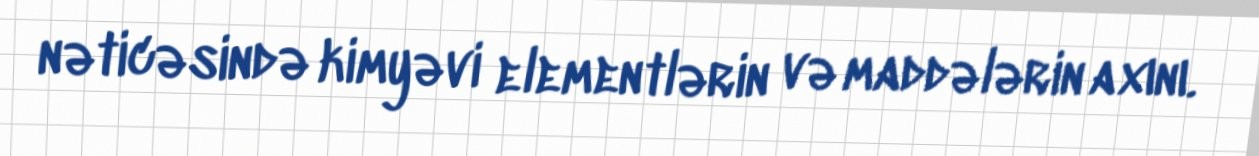
nəticəsində kimyəvi elementlərin və maddələrin axını.